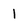
Character: 1